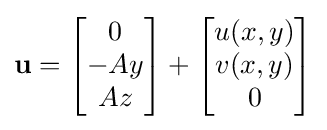
\mathbf {u} ={\begin{bmatrix}0\\-Ay\\Az\end{bmatrix}}+{\begin{bmatrix}u(x,y)\\v(x,y)\\0\end{bmatrix}}